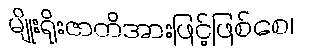
မျိုးရိုးဇာတိအားဖြင့်ဖြစ်စေ၊